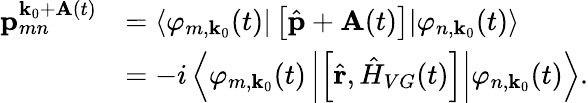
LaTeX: \begin{array}{rl}{\textbf{p}_{mn}^{\textbf{k}_{0}+\textbf{A}(t)}}&{=\langle\varphi_{m,\textbf{k}_{0}}(t)|\left[\hat{\textbf{p}}+\textbf{A}(t)\right]|\varphi_{n,\textbf{k}_{0}}(t)\rangle}\\ &{=-i\left\langle\varphi_{m,\textbf{k}_{0}}(t)\left|\left[\hat{\textbf{r}},\hat{H}_{VG}(t)\right]\right|\varphi_{n,\textbf{k}_{0}}(t)\right\rangle.}\end{array}